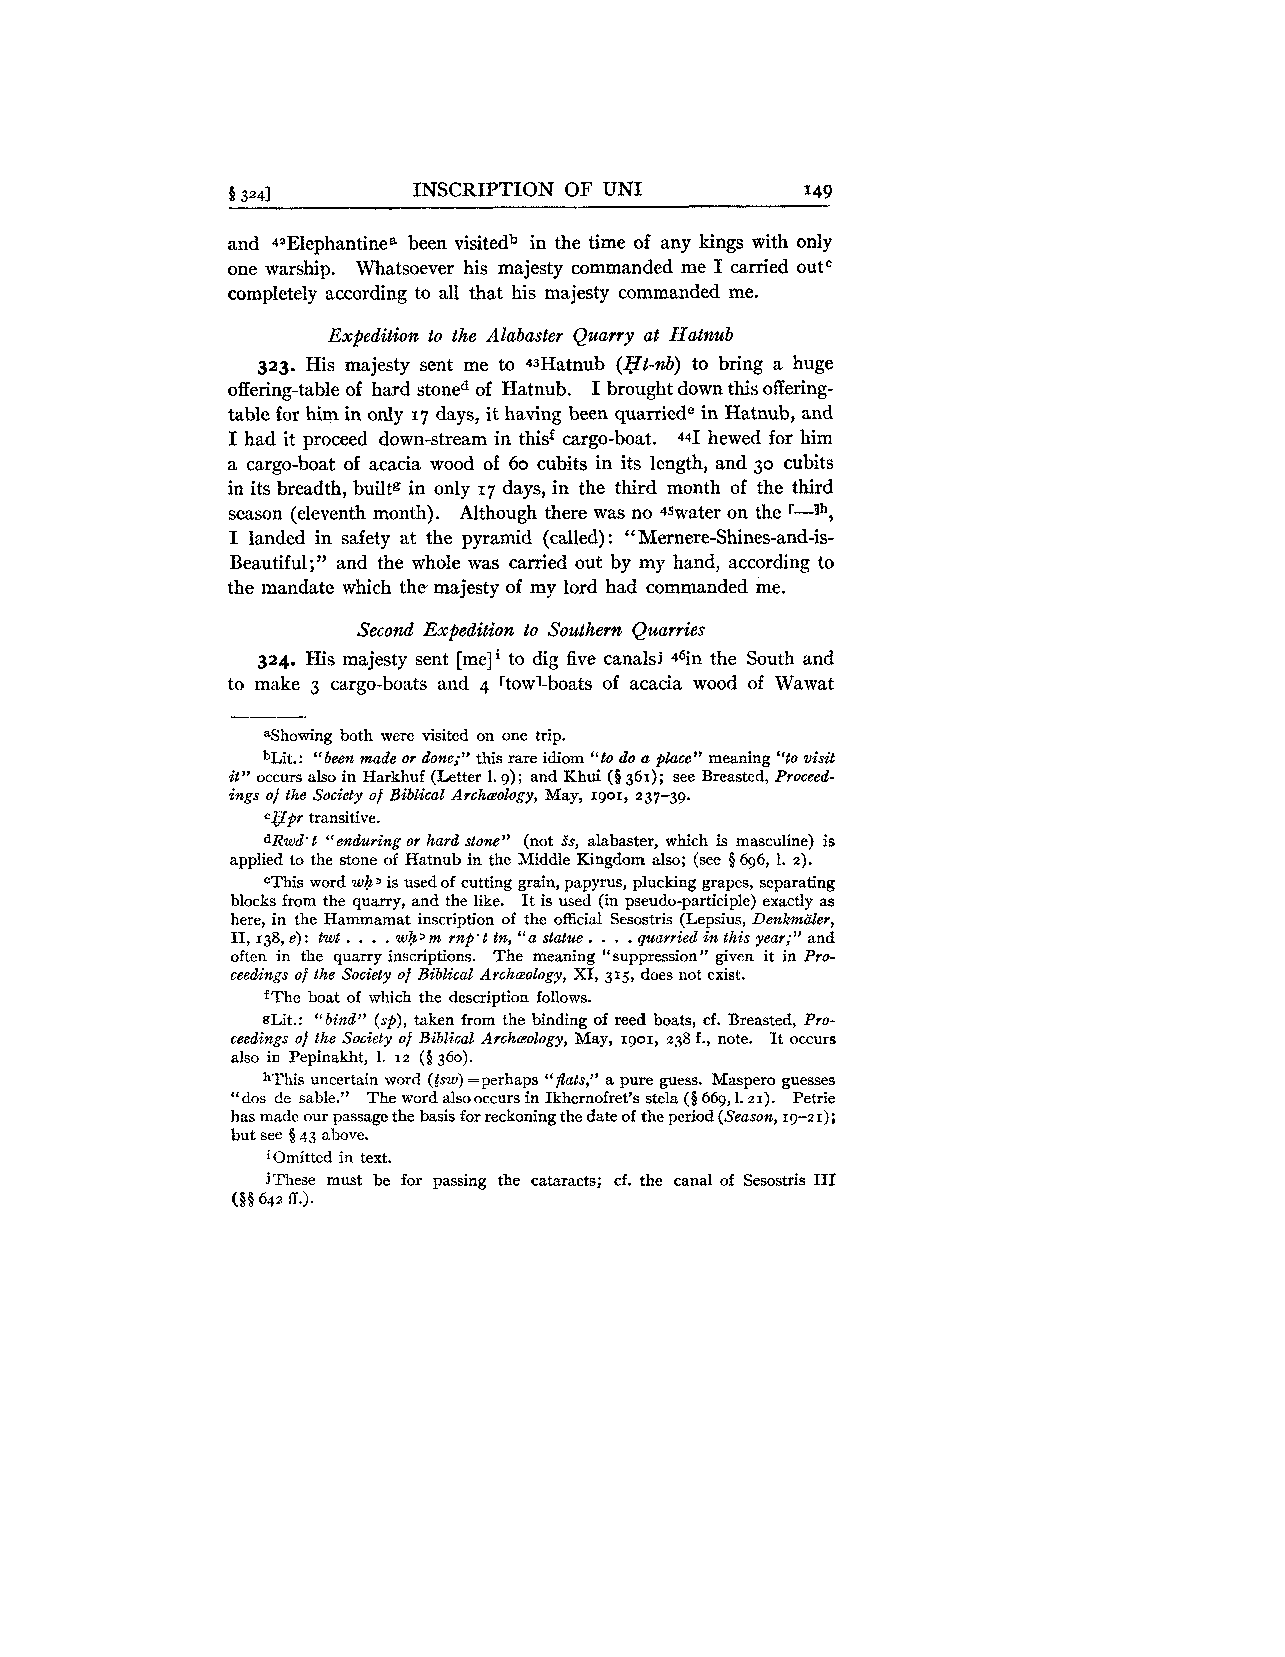
B 3241      INSCRIPTION OF UNI        I49
 and 4"lephantinea been visitedb in the time of any kings with only
 one warship. Whatsoever his majesty commanded me I carried outC
 completely according to all that his majesty commanded me.
 Expedition to the Alabaster Quarry at Hatnub
 323. His majesty sent me to 43Hatnub (gt-nb) to bring a huge
 offering-table of hard stoned of Hatnub. I brought down this offering-
 table for him in only 17 days, it having been quarriede in Hatnub, and
 I had it proceed down-stream in thisf cargo-boat. 441 hewed for him
 a cargo-boat of acacia wood of 60 cubits in its length, and 30 cubits
 in its breadth, builtg in only 17 days, in the third month of the third
 season (eleventh month). Although there was no 4swater on the r-lh,
 I landed in safety at the pyramid (called): "Mernere-shines-and-is-
 Beautiful;" and the whole was carried out by my hand, according to
 the mandate which the majesty of my lord had commanded me.
 Second Expedition to Southern Quarries
 324. His majesty sent [me]' to dig five canalsj 46in the South and
 to make 3 cargo-boats and 4 rtowl-boats of acacia wood of Wawat
 ashowing both were visited on one trip.
 bLit.: "been made or done;" this rare idiom "to do a place" meaning "to visit
 it" occurs also in Harkhuf (Letter 1.9); and Khui (5 361); see Breasted, Proceed-
 ings of the Society of Biblical Archaology, May, 1901, 237-39.
 cgpr transitive.
 dRwd't "enduring or hard stone" (not Ss, alabaster, which is masculine) is
 applied to the stone of Hatnub in the Middle Kingdom also; (see $696, 1. 2).
 eThis word wha is used of cutting grain, papyrus, plucking grapes, separating
 blocks from the quarry, and the like. It is used (in pseudo-participle) exactly as
 here, in the Ham
 .
 .m .a m
 .
 at inscription of the official
 .
 S .e .so stris (Lepsius, Denkmaler,
 11, 138, e): twt wh>mm p.t tn, "a statue. quarried in this year;" and
 often in the quarry inscriptions. The meaning "suppression" given it in Pro-
 ceedings of the Society of Biblical Archaology, XI, 315, does not exist.
 fThe boat of which the description follows.
 gLit.: "bind" (sp), taken from the binding of reed boats, cf. Breasted, Pro-
 ceedings of the Society of Biblical Archreology, May, 1901, 238 f., note. It occurs
 also in Pepinakht, 1. rz ($3 60).
 hThis uncertain word ((m)= perhaps " fiats," a pure guess. Maspero guesses
 "dos de sable." The word alsooccurs in Ikhernofret's stela ($ 669,l. 21). Petrie
 has made our passage the basis for reckoning the date of the period (Season, 19-21);
 but see $43 above.
 iOmitted in text.
 jThese must be for passing the cataracts; cf. the canal of Sesostris I11
 (3s 642 ff.).